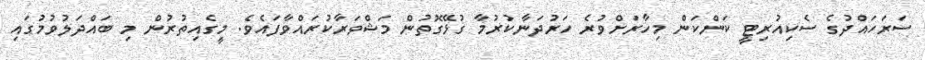
ސަރަހައްދުގެ ސެކިއުރިޓީ ކަންކަން މިހާރަށްވުރެ ހަރުދަނާކުރުމާ ގުޅޭގޮތުން މަޝްވަރާކުރައްވާފައެވެ. މީގެއިތުރުން މި ބައްދަލުވުމުގައި